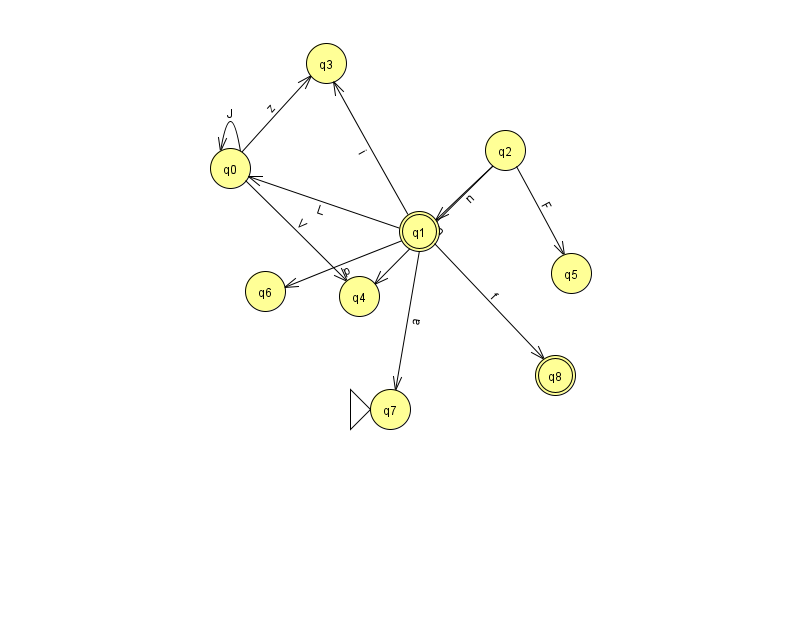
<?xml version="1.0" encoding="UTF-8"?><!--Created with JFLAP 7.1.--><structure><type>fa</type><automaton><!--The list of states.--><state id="0" name="q0"><x>230.0</x><y>155.0</y></state><state id="1" name="q1"><x>419.0</x><y>218.0</y><final/></state><state id="2" name="q2"><x>505.0</x><y>137.0</y></state><state id="3" name="q3"><x>326.0</x><y>50.0</y></state><state id="4" name="q4"><x>359.0</x><y>283.0</y></state><state id="5" name="q5"><x>571.0</x><y>260.0</y></state><state id="6" name="q6"><x>265.0</x><y>278.0</y></state><state id="7" name="q7"><x>390.0</x><y>396.0</y><initial/></state><state id="8" name="q8"><x>555.0</x><y>362.0</y><final/></state><!--The list of transitions.--><transition><from>1</from><to>8</to><read>f</read></transition><transition><from>2</from><to>4</to><read>B</read></transition><transition><from>1</from><to>7</to><read>a</read></transition><transition><from>2</from><to>5</to><read>F</read></transition><transition><from>2</from><to>1</to><read>n</read></transition><transition><from>1</from><to>3</to><read>i</read></transition><transition><from>0</from><to>3</to><read>z</read></transition><transition><from>0</from><to>4</to><read>V</read></transition><transition><from>1</from><to>6</to><read>p</read></transition><transition><from>0</from><to>0</to><read>J</read></transition><transition><from>1</from><to>0</to><read>L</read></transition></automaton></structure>